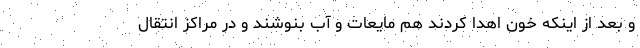
و بعد از اینکه خون اهدا کردند هم مایعات و آب بنوشند و در مراکز انتقال